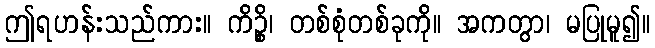
ဤရဟန်းသည်ကား။ ကိဉ္စိ၊ တစ်စုံတစ်ခုကို။ အကတွာ၊ မပြုမူ၍။